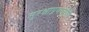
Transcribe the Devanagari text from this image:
सुरक्षाप्रणालीही